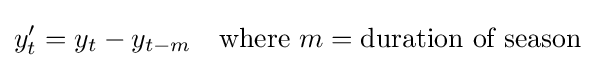
y_{t}'=y_{t}-y_{t-m}\quad {\text{where }}m={\text{duration of season}}